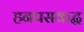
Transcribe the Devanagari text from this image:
हनपसकद्ध